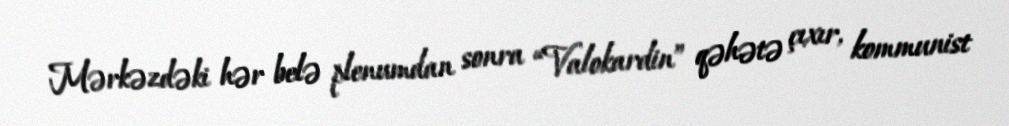
Mərkəzdəki hər belə plenumdan sonra “Valokardin” qəhətə çıxır, kommunist